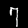
Label: 7